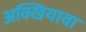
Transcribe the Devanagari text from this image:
अक्खियावा